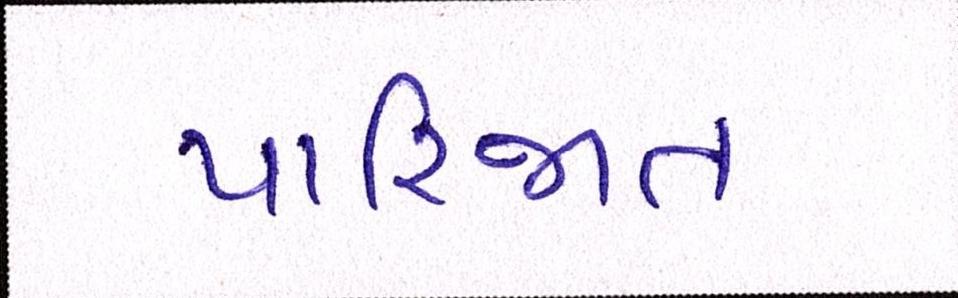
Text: પારિજાત